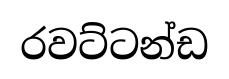
රවට්ටන්ඩ